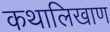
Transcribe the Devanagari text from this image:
कथालिखाण